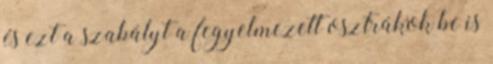
és ezt a szabályt a fegyelmezett osztrákok be is